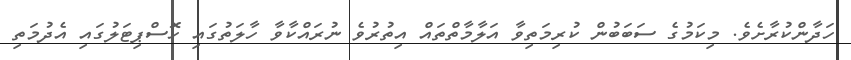
ހަދާންކުރާށެވެ. މިކަމުގެ ސަބަބުން ކުރިމަތިވާ އަލާމާތްތައް އިތުރުވެ ނުރައްކާވާ ހާލަތުގައި ހޮސްޕިޓަލުގައި އެދުމަތި